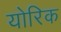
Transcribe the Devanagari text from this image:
योरिक